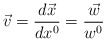
\begin{align*}\vec{v} = \frac{d\vec{x}}{dx^0} = \frac{\vec{w}}{w^0}\end{align*}